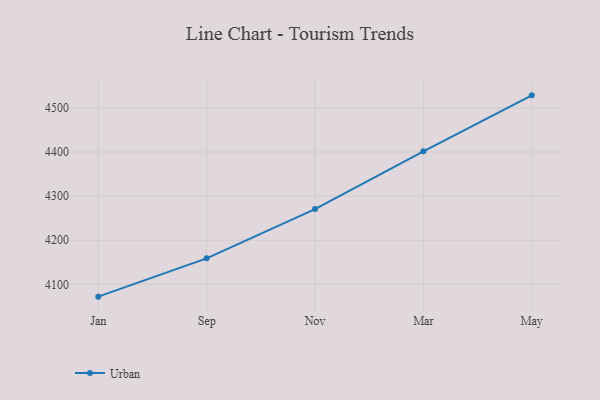
{"axis": {"x": "Month", "y": "Backlog"}, "legend": ["Urban"], "data": [{"x": "Jan", "y": 4072.1, "type": "Urban"}, {"x": "Sep", "y": 4159.0, "type": "Urban"}, {"x": "Nov", "y": 4270.6, "type": "Urban"}, {"x": "Mar", "y": 4401.6, "type": "Urban"}, {"x": "May", "y": 4528.5, "type": "Urban"}]}